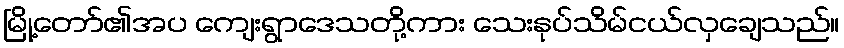
မြို့တော်၏အပ ကျေးရွာဒေသတို့ကား သေးနုပ်သိမ်ငယ်လှချေသည်။